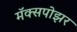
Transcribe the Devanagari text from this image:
मॅक्सपोझर